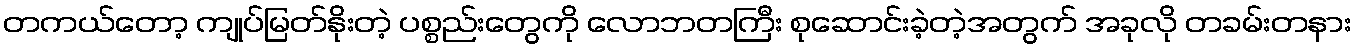
တကယ်တော့ ကျုပ်မြတ်နိုးတဲ့ ပစ္စည်းတွေကို လောဘတကြီး စုဆောင်းခဲ့တဲ့အတွက် အခုလို တခမ်းတနား